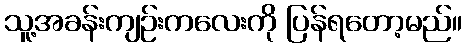
သူ့အခန်းကျဉ်းကလေးကို ပြန်ရတော့မည်။